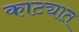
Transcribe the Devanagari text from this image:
काट्यात